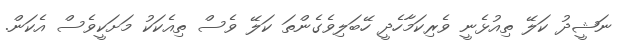
ނަޝީދު ކަލޭ ތިއުޅެނީ ވެރިކަމާހެދީ ހޭބަލިވެގެންތަ ކަލޭ ވެސް ތިއެކަކު މަށަކީވެސް އެކަން.